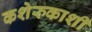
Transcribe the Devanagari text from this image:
कशेरुकाशी